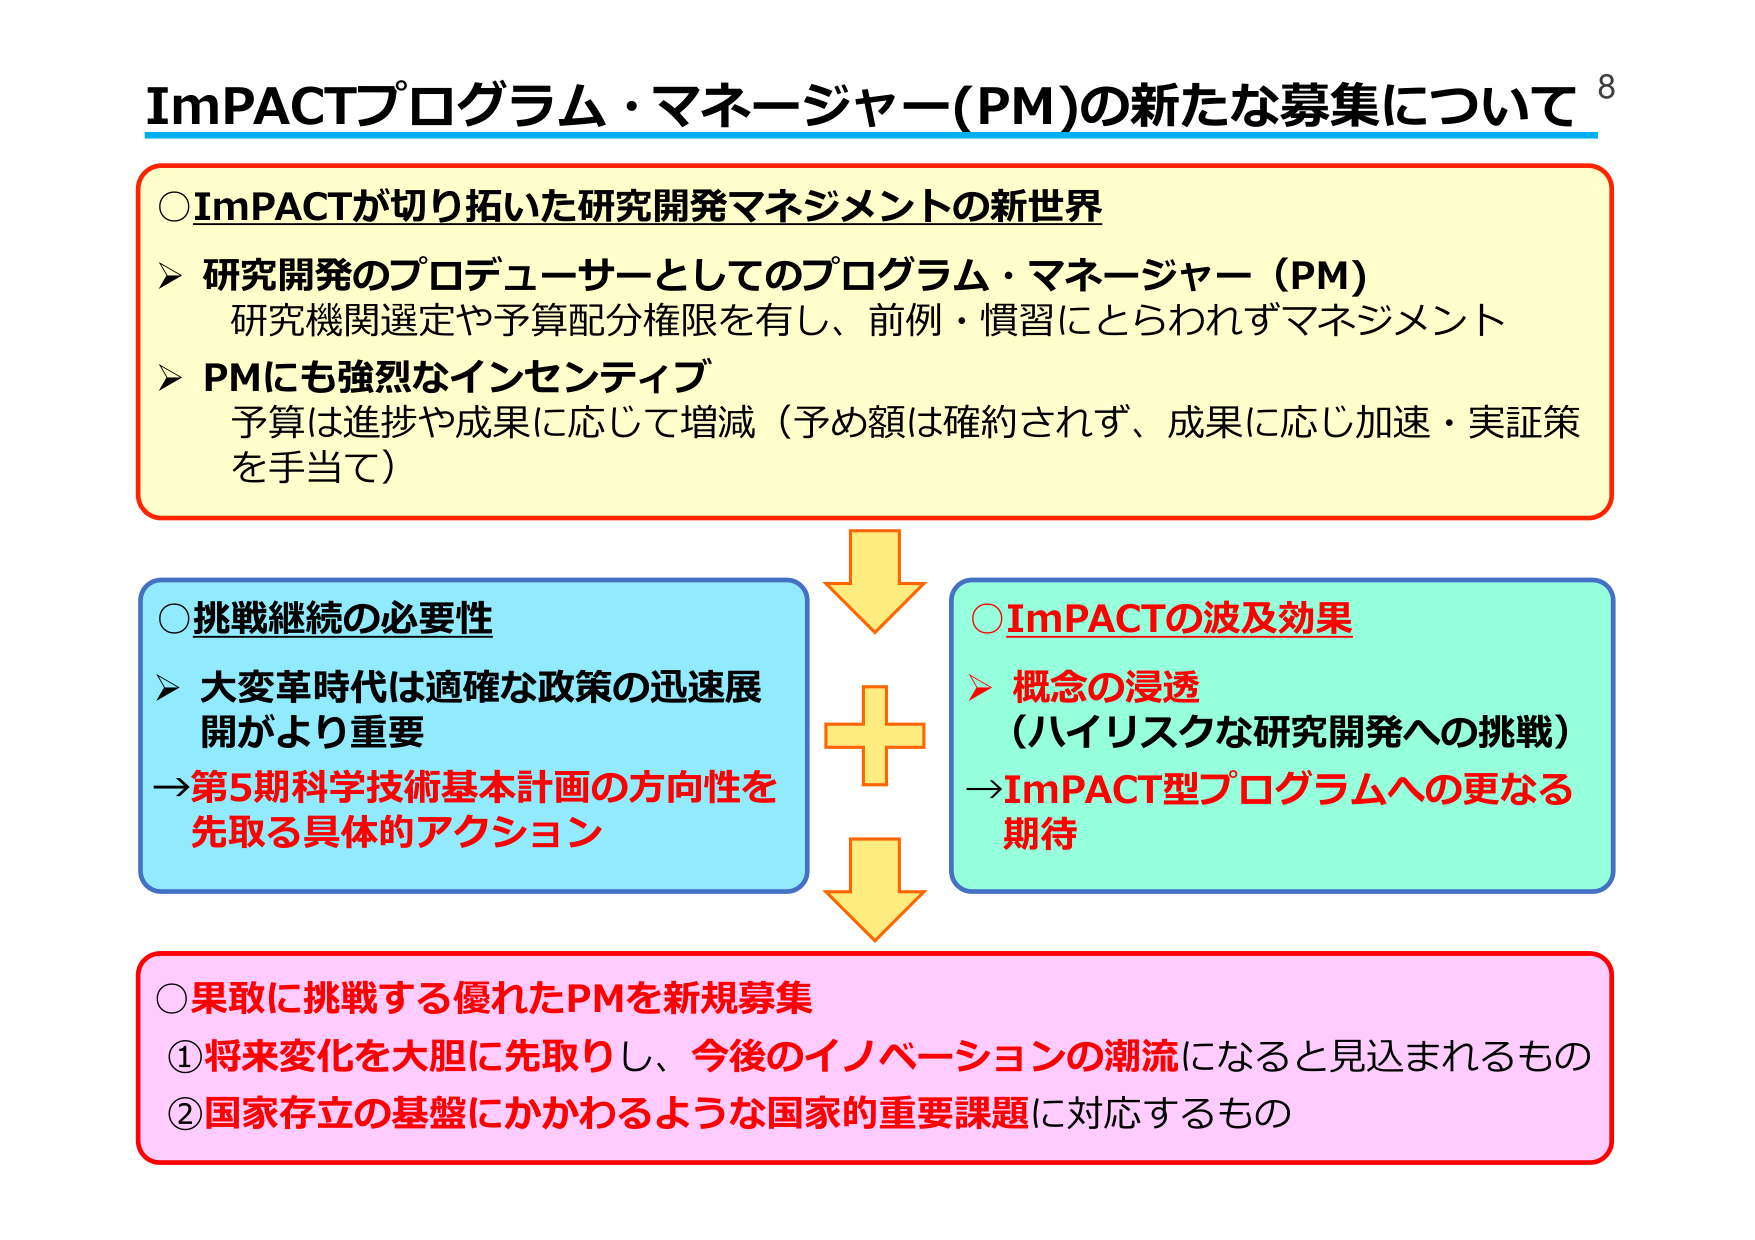
ImPACTプログラム・マネージャー(PM)の新たな募集について

○ImPACTが切り拓いた研究開発マネジメントの新世界
▶ 研究開発のプロデューサーとしてのプログラム・マネージャー（PM）
　研究機関選定や予算配分権限を有し、前例・慣習にとらわれずマネジメント
▶ PMにも強烈なインセンティブ
　予算は進捗や成果に応じて増減（予め額は確約されず、成果に応じ加速・実証策を手当て）

○挑戦継続の必要性
▶ 大変革時代は適確な政策の迅速展開がより重要
→第5期科学技術基本計画の方向性を先取る具体的アクション

○ImPACTの波及効果
▶ 概念の浸透
　（ハイリスクな研究開発への挑戦）
→ImPACT型プログラムへの更なる期待

○果敢に挑戦する優れたPMを新規募集
①将来変化を大胆に先取りし、今後のイノベーションの潮流になると見込まれるもの
②国家存立の基盤にかかわるような国家的重要課題に対応するもの